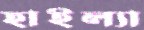
হাইল্যা